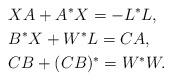
LaTeX: \begin{align*} &XA + A^*X = - L^*L, \\ &B^*X + W^*L = CA, \\ &CB + (CB)^* = W^*W. \end{align*}